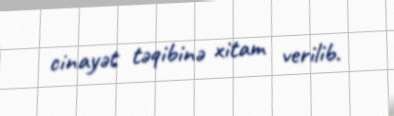
cinayət təqibinə xitam verilib.